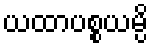
ယထာပစ္စယမ္ပိ